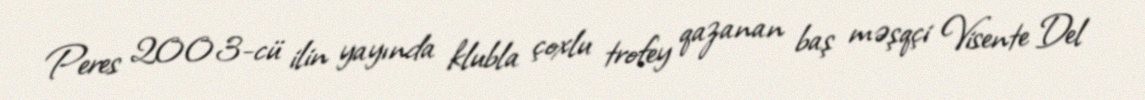
Peres 2003-cü ilin yayında klubla çoxlu trofey qazanan baş məşqçi Visente Del